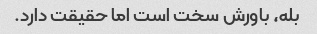
بله، باورش سخت است اما حقیقت دارد.